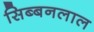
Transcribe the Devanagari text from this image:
सिब्‍बनलाल